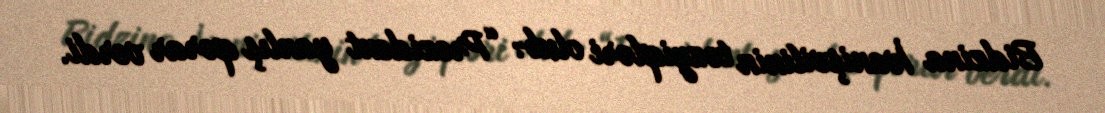
Bidzina İvanişvilinin təzyiqləri olub: “Prezident yanlış qərar verdi.